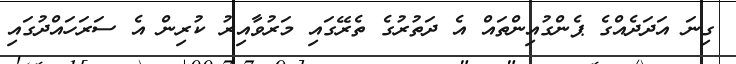
ގިނަ އަދަދެއްގެ ޕެންގުއިންތައް އެ ދަތުރުގެ ތެރޭގައި މަރުވާއިރު ކުރިން އެ ސަރަހައްދުގައި